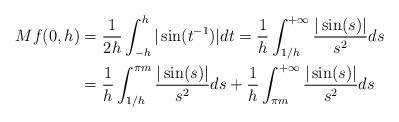
LaTeX: \begin{align*}Mf(0,h)&=\frac{1}{2h}\int_{-h}^h\vert \sin(t^{-1})\vert dt=\frac{1}{h}\int_{1/h}^{+\infty}\frac{\vert \sin(s)\vert}{s^2}ds\\&=\frac{1}{h}\int_{1/h}^{\pi m}\frac{\vert \sin(s)\vert}{s^2}ds+\frac{1}{h}\int_{\pi m}^{+\infty}\frac{\vert \sin(s)\vert}{s^2}ds\end{align*}